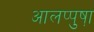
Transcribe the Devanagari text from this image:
आलप्पुषा़